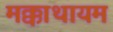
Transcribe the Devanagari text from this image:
मक्काथायम